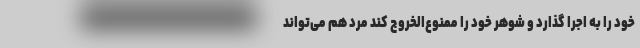
خود را به اجرا گذارد و شوهر خود را ممنوع‌الخروج کند مرد هم می‌تواند